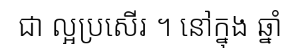
ជា ល្អប្រសើរ ។ នៅក្នុង ឆ្នាំ